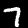
Digit: 7